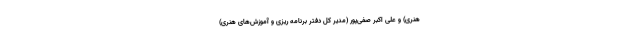
هنری) و علی اکبر صفی‌پور (مدیر کل دفتر برنامه ریزی و آموزش‌های هنری)